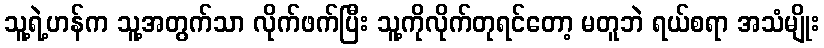
သူ့ရဲ့ဟန်က သူ့အတွက်သာ လိုက်ဖက်ပြီး သူ့ကိုလိုက်တုရင်တော့ မတူဘဲ ရယ်စရာ အသံမျိုး